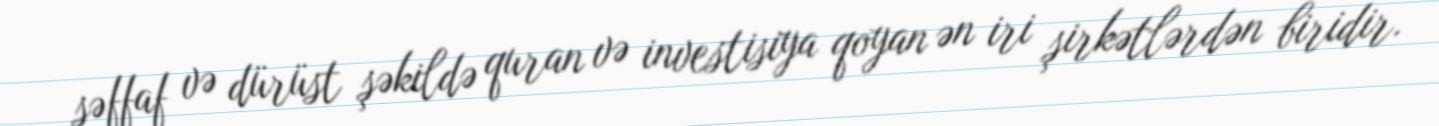
şəffaf və dürüst şəkildə quran və investisiya qoyan ən iri şirkətlərdən biridir.